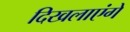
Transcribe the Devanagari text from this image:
दिखलाएंगे